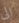
الى